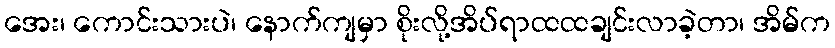
အေး၊ ကောင်းသားပဲ၊ နောက်ကျမှာ စိုးလို့အိပ်ရာထထချင်းလာခဲ့တာ၊ အိမ်က